Civil Veterinary Dept. Assam report 1911-1927 - 1911-1927
Year: 1911
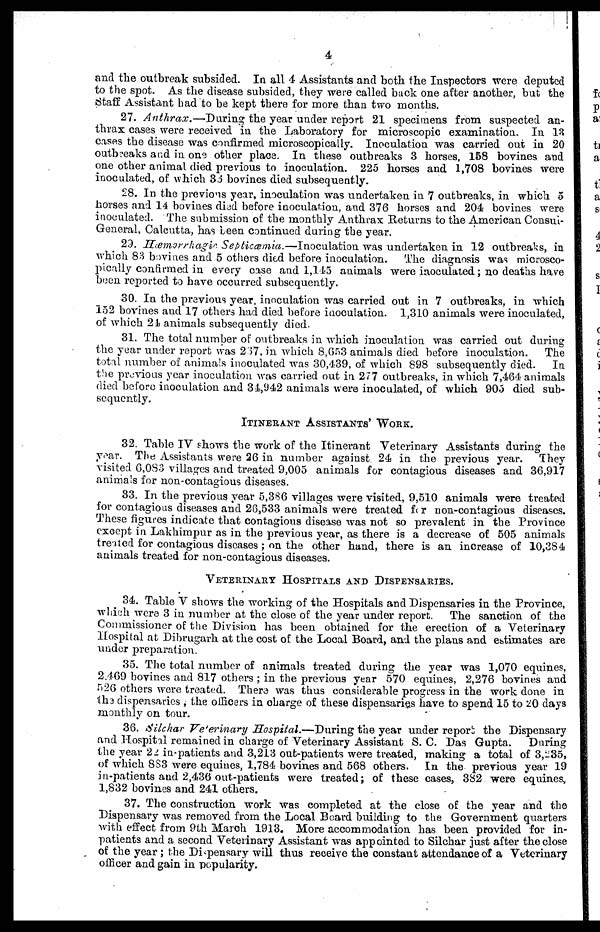
4
and the outbreak subsided. In all 4 Assistants and both the Inspectors were deputed
to the spot. As the disease subsided, they were called back one after another, but the
Staff Assistant had to be kept there for more than two months.
27. Anthrax.—During
the year under report 21 specimens from suspected an-
thrax cases were received in the Laboratory for microscopic examination. In 13
cases the disease was confirmed microscopically. Inoculation was carried out in 20
outbreaks and in one other place. In these outbreaks 3 horses, 158 bovines and
one other animal died previous to inoculation. 225 horses and 1,708 bovines were
inoculated, of which 3d bovines died subsequently.
28. In the previous year, inoculation was undertaken in 7 outbreaks, in which 5
horses and 14 bovines died before inoculation, and 376 horses and 204 bovines were
inoculated. The submission of the monthly Anthrax Returns to the American Consul-
General, Calcutta, has been continued during the year.
29. Hæmorrliagic Septicæmia.—Inoculation
was undertaken in 12 outbreaks, in
which 83 bovines and 5 others died before inoculation.
The diagnosis was microsco-
pically confirmed in every case and 1,145 animals were inoculated; no deaths have
been reported to have occurred subsequently.
30. In the previous year, inoculation was carried out in 7 outbreaks, in which
152 bovines and 17 others had died before inoculation. 1,310 animals were inoculated,
of which 24 animals subsequently died.
31. The total number of outbreaks in which inoculation was carried out during
the year under report was 237, in which 8,653 animals died before inoculation.
The
total number of animals inoculated was 30,439, of which 898 subsequently died.
In
the previous year inoculation was carried out in 277 outbreaks, in which 7,464 animals
died before inoculation and 34,942 animals were inoculated, of which 905 died sub-
sequently.
ITINERANT ASSISTANTS' WORK.
32. Table IV shows the work of the Itinerant Veterinary Assistants during the
year. The Assistants were 26 in number against. 24 in the previous year.
They
+visited 6,083 villages and treated 9,005 animals for contagious diseases and 36,917
animals for non-contagious diseases.
33. In the previous year 5,386 villages were visited, 9,510 animals were treated
for contagious diseases and 26,533 animals were treated for non-contagious diseases.
These figures indicate that contagious disease was not so prevalent in the Province
except in Lakhimpur as in the previous year, as there is a decrease of 505 animals
treated for contagious diseases ; on the other hand, there is an increase of 10,284
animals treated for non-contagious diseases.
VETERINARY HOSPITALS AND DISPENSARIES.
34. Table V shows the working of the Hospitals and Dispensaries in the Province,
which were 3 in number at the close of the year under report.
The sanction of the
Commissioner of the Division has been obtained for the erection of a Veterinary
Hospital at Dibrugarh at the cost of the Local Board, and the plans and estimates are
under preparation.
35. The total number of animals treated during the year was 1,070 equines,
2,469 bovines and 817 others ; in the previous year 570 equines, 2,276 bovines and
526 others were treated. There was thus considerable progress in the work done in
the dispensaries , the officers in Charge of these dispensaries have to spend 15 to 20 days
monthly on tour.
36. Silchar Veterinary Hospital.—During
the year under report the Dispensary
and Hospital remained in charge of Veterinary Assistant S. C. Das Gupta.
During
the year 22 in-patients and 3,213 out-patients were treated, making a total of 3,235,
of which 883 were equines, 1,784 bovines and 568 others. In the previous year 19
in-patients and 2,436 out-patients were treated; of these cases, 382 were equines
1,832 bovines and 241 others.
37. The construction work was completed at the close of the year and the
Dispensary was removed from the Local Board building to the Government quarters
with effect from 9th March 1913. More accommodation has been provided for in-
patients and a second Veterinary Assistant was appointed to Silchar just after the close
of the year; the Dispensary will thus receive the constant attendance of a Veterinary
officer and gain in popularity.